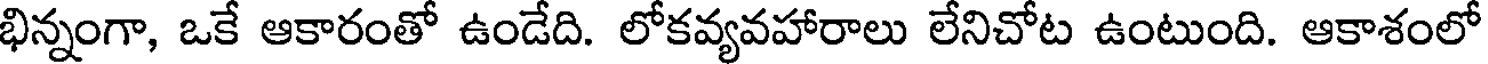
భిన్నంగా, ఒకే ఆకారంతో ఉండేది. లోకవ్యవహారాలు లేనిచోట ఉంటుంది. ఆకాశంలో